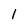
Character: 1